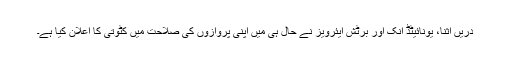
دریں اثنا، یونائیٹڈ انک اور برٹش ایئرویز نے حال ہی میں اپنی پروازوں کی صلاحت میں کٹوتی کا اعلان کیا ہے۔